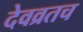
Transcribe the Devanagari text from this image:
देवव्रतच